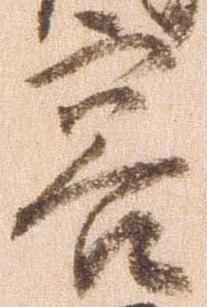
容